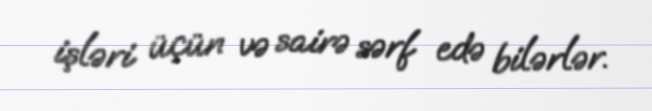
işləri üçün və sairə sərf edə bilərlər.